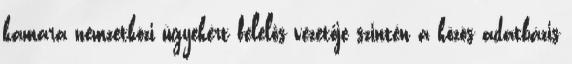
kamara nemzetközi ügyekért felelős vezetője szintén a közös adatbázis